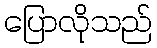
ပြောလိုသည်